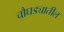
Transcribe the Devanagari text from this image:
चौघड्यातील